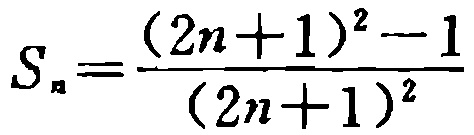
\[S_{n}=\frac{(2n + 1)^{2}-1}{(2n + 1)^{2}}\]